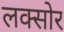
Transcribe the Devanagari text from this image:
लक्सोर